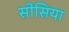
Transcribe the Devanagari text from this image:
सोसिया